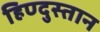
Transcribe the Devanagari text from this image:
हिण्दुस्तान